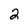
Character: 2